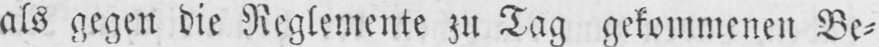
als gegen die Reglemente zu Tag gekommenen Be⸗